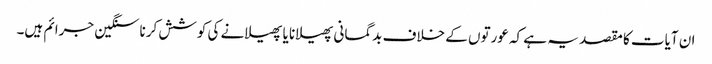
ان آیات کا مقصد یہ ہے کہ عورتوں کے خلاف بدگمانی پھیلانا یا پھیلانے کی کوشش کرنا سنگین جرائم ہیں۔